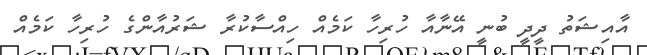
އާއިޝަތު ދީދީ ބުނީ އޭނާއާ ހުރިހާ ކަމެއް ހިއްސާކުރާ ޝަރުއާންގެ ހުރިހާ ކަމެއް